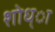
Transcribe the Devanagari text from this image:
शोध्ा